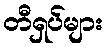
တီရှပ်များ